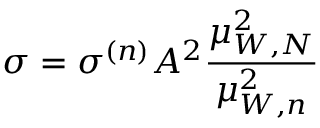
\sigma = \sigma ^ { ( n ) } A ^ { 2 } \frac { \mu _ { W , N } ^ { 2 } } { \mu _ { W , n } ^ { 2 } }